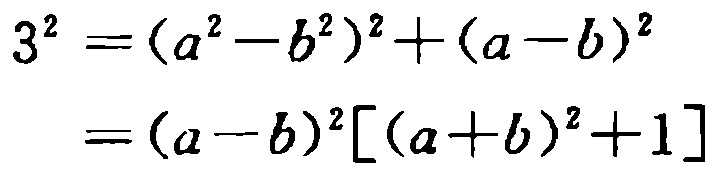
\[

\begin{align*}

3^{2}&=(a^{2}-b^{2})^{2}+(a - b)^{2}\\

&=(a - b)^{2}[(a + b)^{2}+1]

\end{align*}

\]